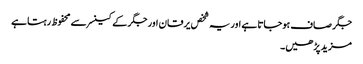
جگر صاف ہوجاتا ہے اور یہ شخص یرقان اور جگر کے کینسر سے محفوظ رہتا ہے
مزید پڑھیں۔